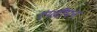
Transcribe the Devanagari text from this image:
रंगदीपन